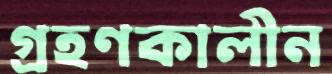
গ্রহণকালীন